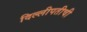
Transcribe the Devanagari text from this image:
दिल्लीपतीची